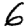
Digit: 6